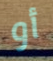
أو